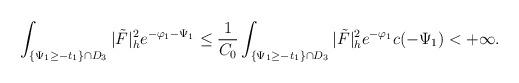
LaTeX: \begin{align*}\int_{\{\Psi_1\ge-t_1\}\cap D_3}|\tilde{F}|^2_he^{-\varphi_1-\Psi_1}\le\frac{1}{C_0}\int_{\{\Psi_1\ge-t_1\}\cap D_3}|\tilde{F}|^2_he^{-\varphi_1}c(-\Psi_1)<+\infty.\end{align*}